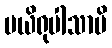
ပယိရုပါသာမိ